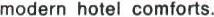
modern hotel comforts.